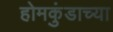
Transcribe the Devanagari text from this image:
होमकुंडाच्या